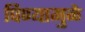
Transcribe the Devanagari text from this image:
पिण्यामुळे